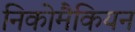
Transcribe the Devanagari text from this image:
निकोमैकियन